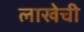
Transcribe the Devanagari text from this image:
लाखेची